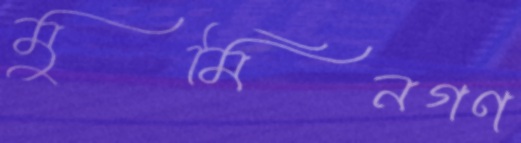
মুমিনগণ